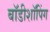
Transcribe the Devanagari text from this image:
बॉडीशॉपिंग